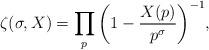
LaTeX: \begin{align*} \zeta(\sigma, X)= \prod_p\bigg(1-\frac{X(p)}{p^{\sigma}}\bigg)^{-1},\end{align*}